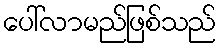
ပေါ်လာမည်ဖြစ်သည်